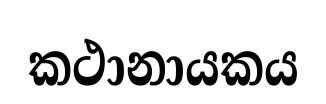
කථානායකය